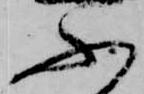
ふ